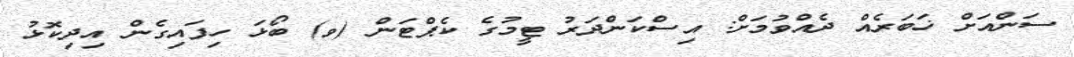
ސަންއަށް ޚަބަރެއް ދެއްވުމަށް: އިސްކަންދަރު ޓީމުގެ ކެޕްޓަން (ވ) ބޯޅަ ހިފައިގެން އިދިކޮޅު